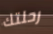
رحلتك